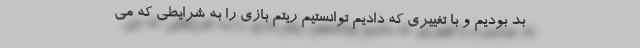
بد بودیم و با تغییری که دادیم توانستیم ریتم بازی را به شرایطی که می